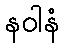
နဝါနံ